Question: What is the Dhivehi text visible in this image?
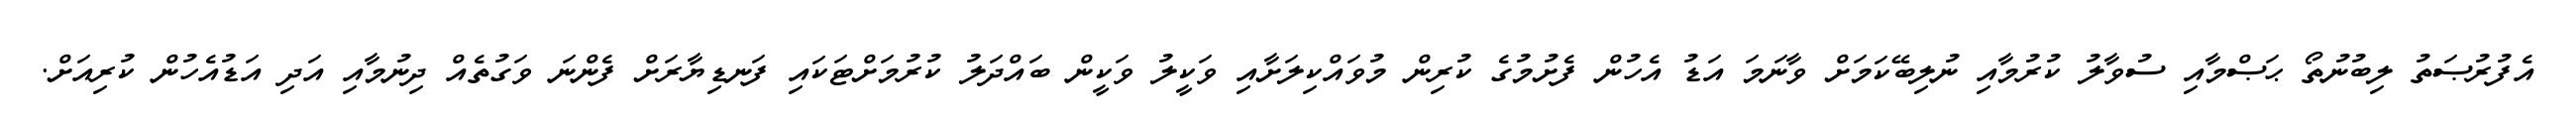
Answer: އެފުރުޞަތު ލިބުނުތޯ ޙަޞްމާއި ސުވާލު ކުރުމާއި ނުލިބޭކަމަށް ވާނަމަ އަޑު އެހުން ފެށުމުގެ ކުރިން މުވައްކިލަށާއި ވަކީލު ވަކީން ބައްދަލު ކުރުމަށްޓަކައި ފަނޑިޔާރަށް ފެންނަ ވަގުތެއް ދިނުމާއި އަދި އަޑުއެހުން ކުރިއަށް.